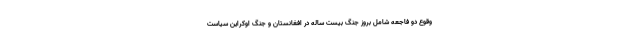
وقوع دو فاجعه شامل بروز جنگ بیست ساله در افغانستان و جنگ اوکراین سیاست